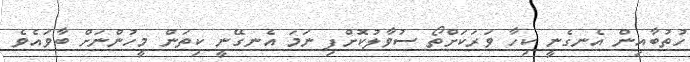
ހުތުބާއިން އެނގެނީ ކިހާ ވަރަކަށްތޯ ސުވާލުކޮށްފި ނަމަ އެނގޭނީ ކިތަން މީހުންނަށް ބާވައެވެ